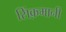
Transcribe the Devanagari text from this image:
सिंक़मानी